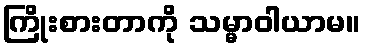
ကြိုးစားတာကို သမ္မာဝါယာမ။